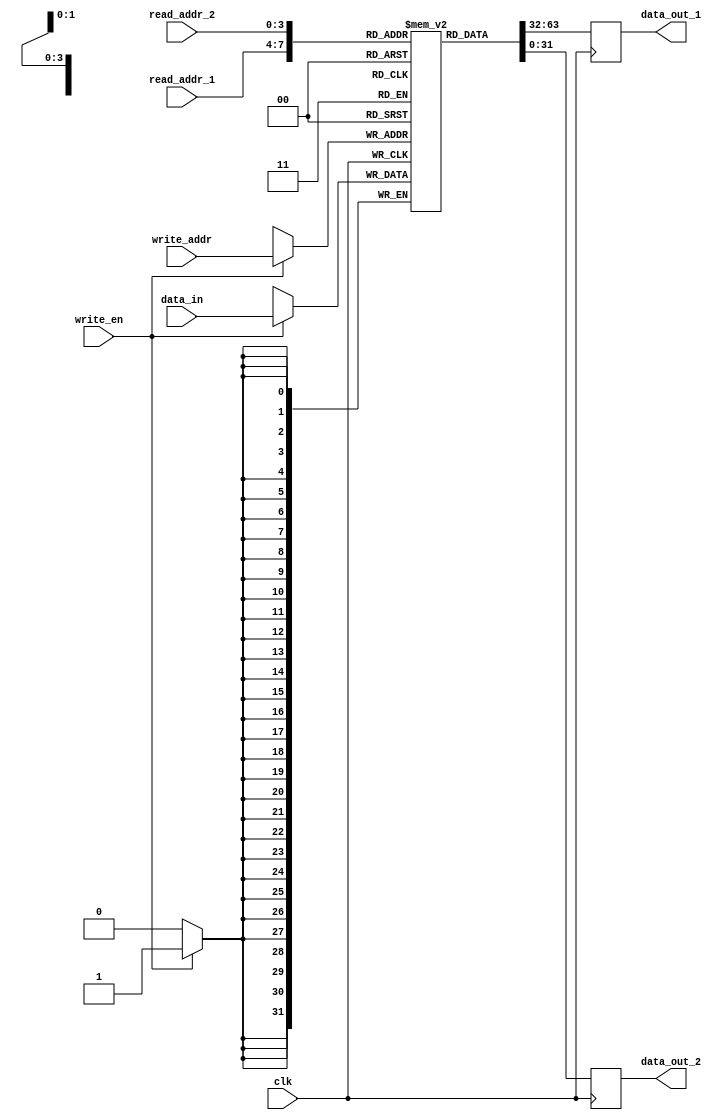
module register_file(
    input wire clk, // clock signal
    input wire [3:0] read_addr_1, // address for first read port
    input wire [3:0] read_addr_2, // address for second read port
    input wire [3:0] write_addr, // address for write port
    input wire [31:0] data_in, // input data
    input wire write_en, // write enable signal
    output reg [31:0] data_out_1, // output data for first read port
    output reg [31:0] data_out_2 // output data for second read port
);

reg [31:0] reg_file [0:15]; // array of registers for data storage

always @ (posedge clk) begin
    // Read operations
    data_out_1 <= reg_file[read_addr_1];
    data_out_2 <= reg_file[read_addr_2];
    
    // Write operation
    if(write_en) begin
        reg_file[write_addr] <= data_in;
    end
end

endmodule